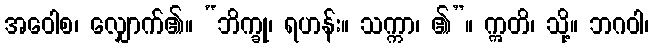
အဝေါစ၊ လျှောက်၏။ “ဘိက္ခု၊ ရဟန်း။ သက္ကာ၊ ၏”။ ဣတိ၊ သို့။ ဘဂဝါ၊